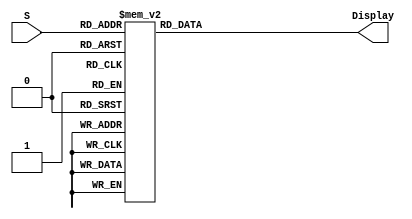
module char_7seg( input [3:0] S,
						output reg [0:6] Display);
						
//Lookup table to convert BCD nibble to character set
	always @(S)
	begin
		case (S)
		4'b0000  : Display <= 7'b0000001; //0
		4'b0001  : Display <= 7'b1001111; //1
		4'b0010  : Display <= 7'b0010010; //2
		4'b0011  : Display <= 7'b0000110; //3
		4'b0100  : Display <= 7'b1001100; //4
		4'b0101  : Display <= 7'b0100100; //5
		4'b0110  : Display <= 7'b0100000; //6
		4'b0111  : Display <= 7'b0001111; //7
		4'b1000  : Display <= 7'b0000000; //8
		4'b1001  : Display <= 7'b0001100; //9
		4'b1010  : Display <= 7'b1111010; //r
		4'b1110  : Display <= 7'b1111110; //-
		default  : Display <= 7'b1111111; //blank
		endcase
	end
						
						
endmodule